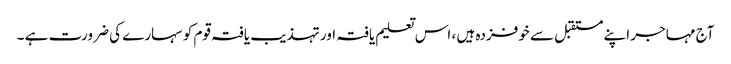
آج مہاجر اپنے مستقبل سے خوفزدہ ہیں ، اس تعلیم یافتہ اور تہذیب یافتہ قوم کو سہارے کی ضرورت ہے ۔